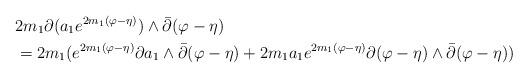
LaTeX: \begin{align*}&2m_{1}\partial(a_{1}e^{2m_{1}(\varphi-\eta)})\wedge\bar\partial(\varphi-\eta)\\&=2m_{1}(e^{2m_{1}(\varphi-\eta)}\partial a_{1}\wedge\bar\partial(\varphi-\eta)+2m_{1}a_{1} e^{2m_{1}(\varphi-\eta)}\partial(\varphi-\eta)\wedge\bar\partial(\varphi-\eta) )\end{align*}